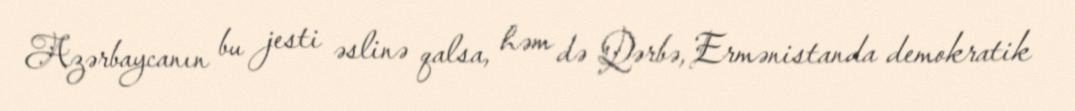
Azərbaycanın bu jesti əslinə qalsa, həm də Qərbə, Ermənistanda demokratik